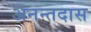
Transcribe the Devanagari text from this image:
अनन्तदास